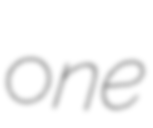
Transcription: one